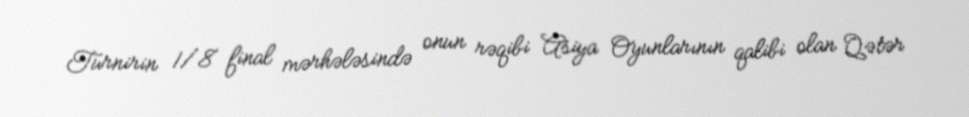
Turnirin 1/8 final mərhələsində onun rəqibi Asiya Oyunlarının qalibi olan Qətər